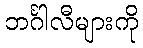
ဘင်္ဂါလီများကို